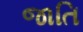
જાતિ